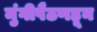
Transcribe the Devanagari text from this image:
मुंगीपैठणहून